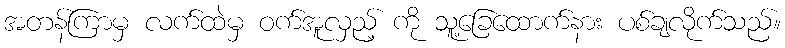
အတန်ကြာမှ လက်ထဲမှ ဝက်အူလှည့် ကို သူ့ခြေထောက်နား ပစ်ချလိုက်သည်။